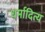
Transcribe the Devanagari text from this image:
धर्मादित्य